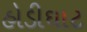
હોડીઘાટ